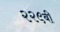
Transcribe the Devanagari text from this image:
२२९बी